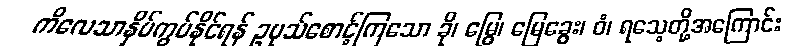
ကိလေသာနှိပ်ကွပ်နိုင်ရန် ဥပုသ်စောင့်ကြသော ခို၊ မြွေ၊ မြေခွေး၊ ဝံ၊ ရသေ့တို့အကြောင်း